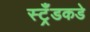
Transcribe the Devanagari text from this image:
स्ट्रँडकडे